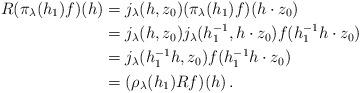
LaTeX: \begin{align*} R(\pi_\lambda(h_1)f)(h)&=j_\lambda (h,z_0) (\pi_\lambda(h_1) f)(h\cdot z_0)\\ &=j_\lambda(h,z_0)j_\lambda (h_1^{-1},h\cdot z_0)f(h_1^{-1}h\cdot z_0)\\ &=j_\lambda(h_1^{-1}h,z_0)f(h_1^{-1}h\cdot z_0)\\ &=(\rho_\lambda (h_1)Rf)(h)\, .\end{align*}